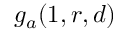
g _ { a } ( 1 , r , d )